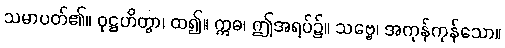
သမာပတ်၏။ ဝုဋ္ဌဟိတွာ၊ ထ၍။ ဣဓ၊ ဤအရပ်၌။ သဗ္ဗေ၊ အကုန်ကုန်သော။